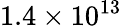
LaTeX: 1.4\times 10^{13}